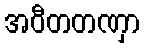
အဝီတတဏှာ